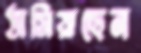
ঠাসিয়াছেন